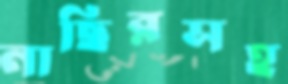
নাছিরসহ